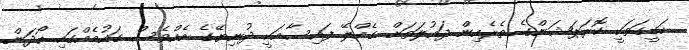
ހަގީގަތަކީ ކޮރަޕަޝަންގެ ތެރެއިން ދައުލަތަށް ގެއްލޭ ފައިސާއަކީ ދުނިޔޭގެ އެއްވެސް ގައުމެއްގައި ހޯދަން